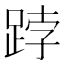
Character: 𨁝